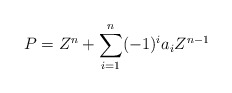
\begin{align*}P = Z^n + \sum_{i=1}^n (-1)^i a_i Z^{n-1}\end{align*}